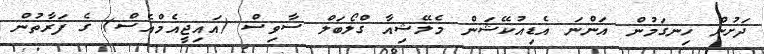
ދަށުން ހިނގަމުން އަންނަ އެޑިއުކޭޝަން މެލޭޝިއާ ގްލޯބަލް ސާވިސް (އައިޖީއެމްއެސް) ގެ ފަރާތުން